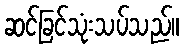
ဆင်ခြင်သုံးသပ်သည်။